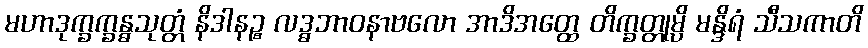
မဟာဒုက္ခက္ခန္ဓသုတ္တံ နိဒါနဉ္စ လဒ္ဓဘာဝနာဗလော အာဒိအတ္ထေ တိက္ခတ္တုမ္ပိ မန္ဒိရံ သီသကာတိ